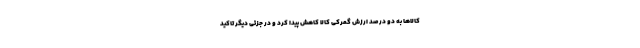
کالاها به دو درصد ارزش گمرکی کالا کاهش پیدا کرد و در جزئی دیگر تاکید